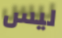
ليس